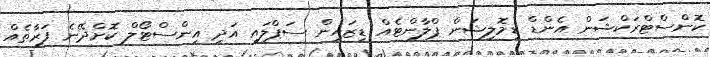
ކޮންސްޓްރަކްޝަން އެންޑް ޑިމޮލިޝަން ޕްލާންޓެއް ޑިޒައިން ސަޕްލައި އަދި އިންސްޓޯލް ކޮށްދޭނެ ފަރާތެއް